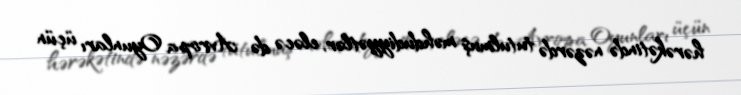
hərəkətində nəzərdə tutulmuş məhdudiyyətlər, eləcə də Avropa Oyunları üçün